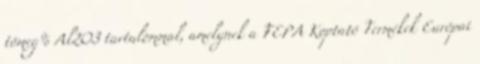
tömeg% Al2O3 tartalommal, amelynek a FEPA Koptató Termékek Európai